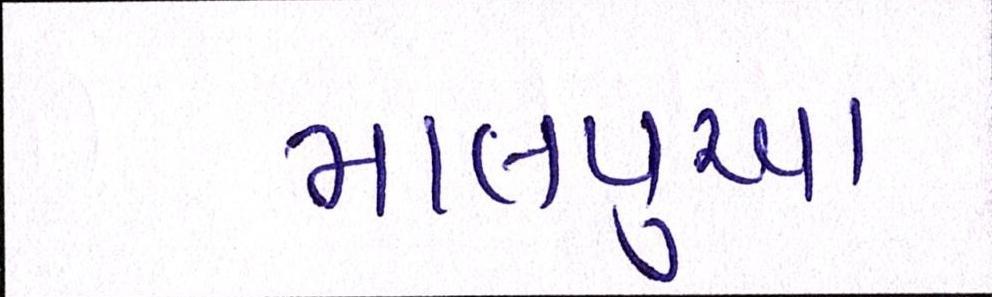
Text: માલપુઆ